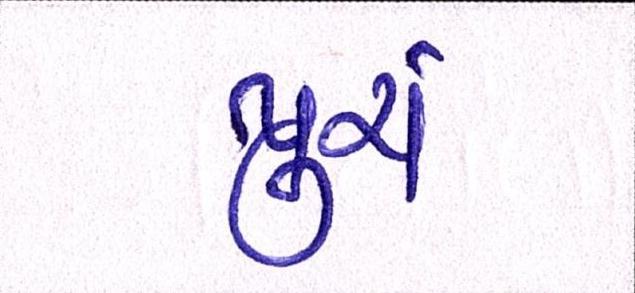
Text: પૂરાં